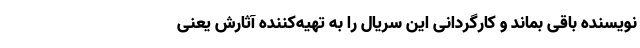
نویسنده باقی بماند و کارگردانی این سریال را به تهیه‌کننده آثارش یعنی